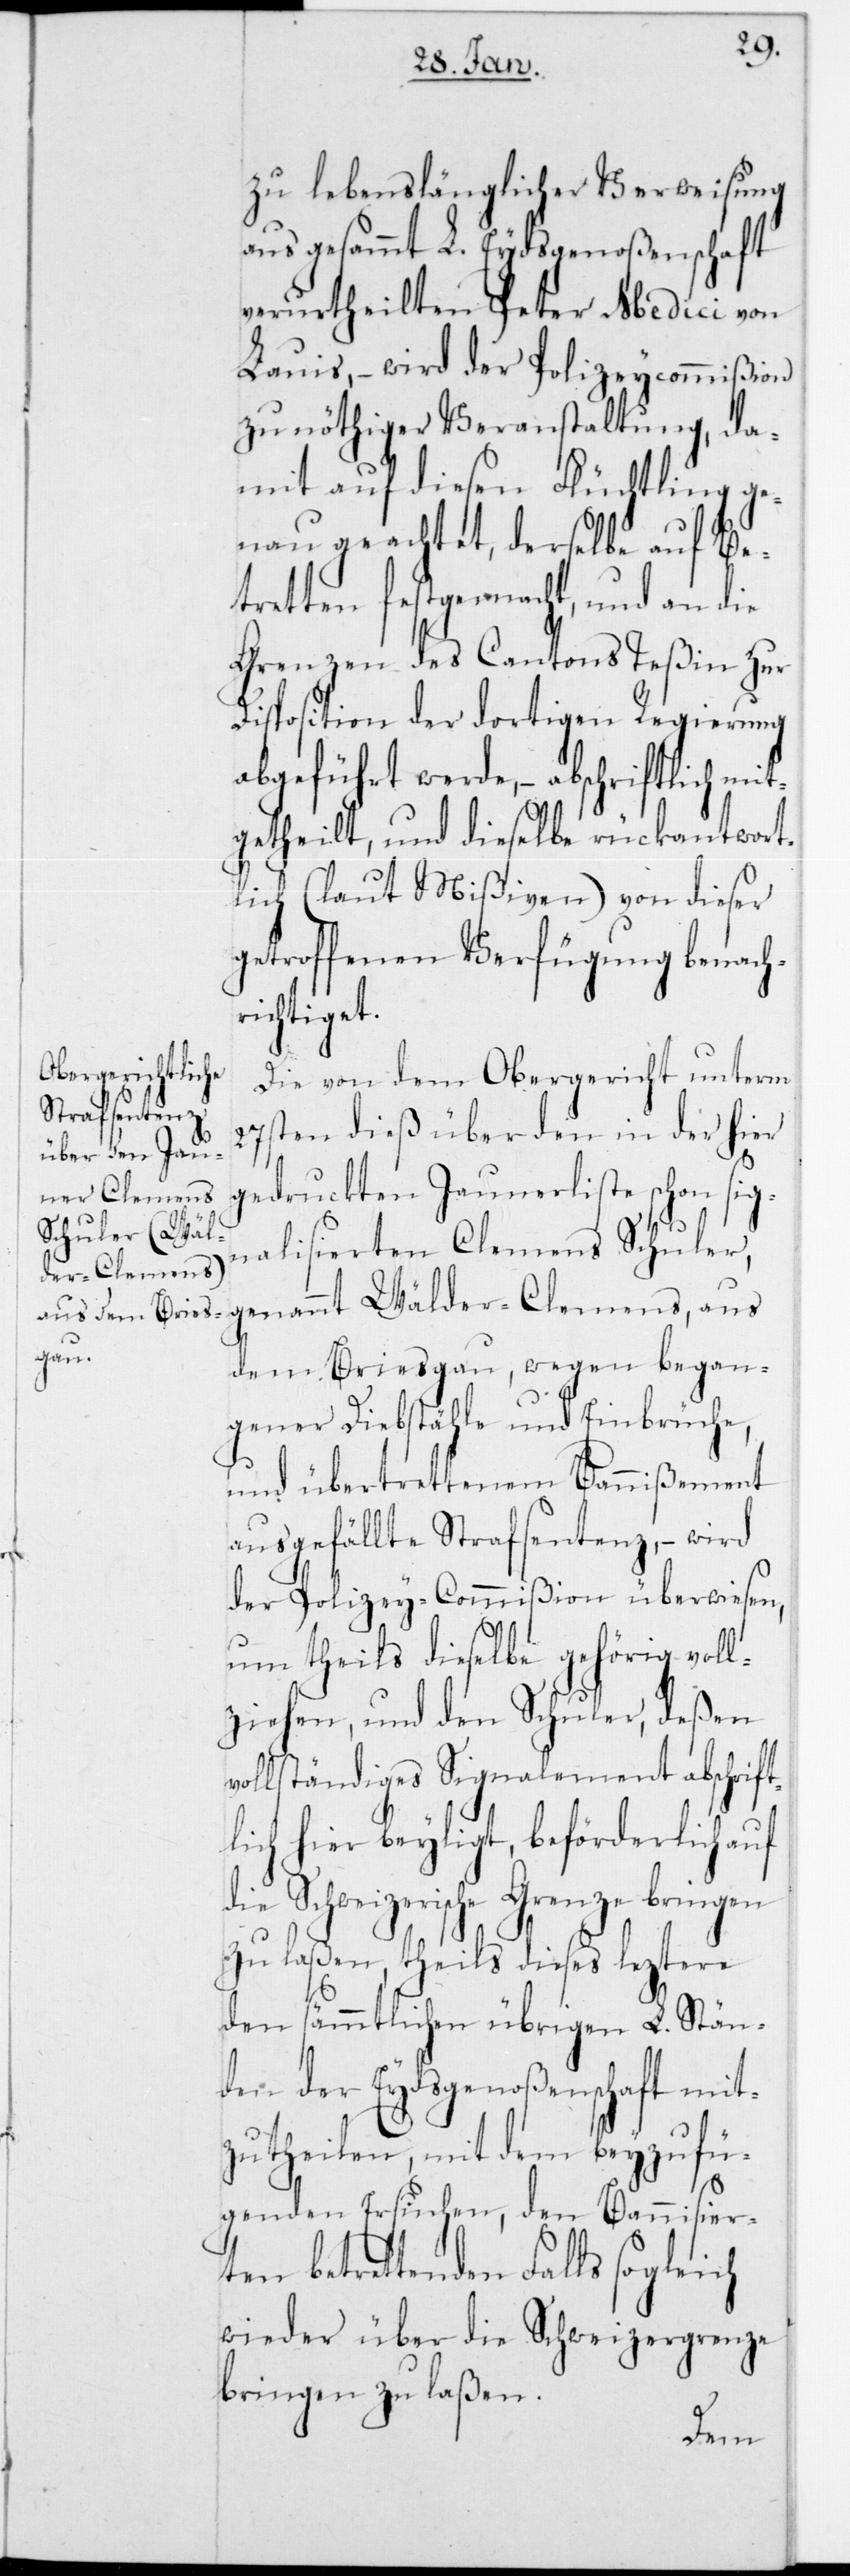
zu lebenslänglicher Verweisung
aus gesammt L. Eidsgenoßenschaft
verurtheilten Peter Medici von
Lauis, – wird der Polizeycommißion
zu nöthiger Veranstaltung, da¬
mit auf diesen Flüchtling ge¬
nau geachtet, derselbe auf Be¬
tretten festgemacht, und an die
Grenzen des Cantons Teßin zur
Disposition der dortigen Regierung
abgeführt werde, – abschriftlich mit¬
getheilt, und dieselbe rückantwort¬
lich (laut Mißiven) von dieser
getroffenen Verfügung benach¬
richtiget.
Die von dem Obergericht unterm
27sten dieß über den in der hier
gedruckten Jaunerliste schon sig¬
nalisierten Clemes Schuler,
genannt Wälder-Clemens, aus
dem Breisgau, wegen began¬
gener Diebstähle und Einbrüche,
und übertrettenem Bannißement
ausgefällte Strafsentenz, – wird
der Polizey-Commißion überwiesen,
um theils dieselbe gehörig voll¬
ziehen, und den Schuler, deßen
vollständiges Signalement abschrift¬
lich hier beyliegt, beförderlich auf
die Schweizerische Grenze bringen
zu laßen, theils dieses letztere
den sämmtlichen übrigen L. Stän¬
den der Eydsgenoßenschaft mit¬
zutheilen, mit dem beyzufü¬
genden Ersuchen, den Bannisier¬
ten betrettenden Falls sogleich
wieder über die Schweizergrenze
bringen zu laßen.